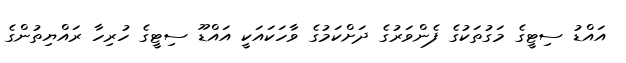
އައްޑު ސިޓީގެ މަގުތަކުގެ ފެންވަރުގެ ދަށްކަމުގެ ވާހަކައަކީ އައްޑޫ ސިޓީގެ ހުރިހާ ރައްޔިތުންގެ